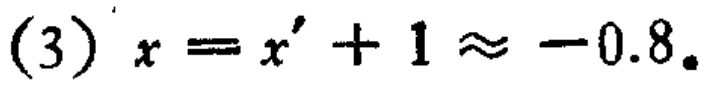
(3) \(x = x' + 1 \approx -0.8\)